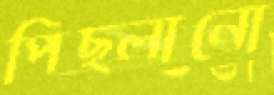
পিছ্‌লানো